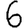
Digit: 6